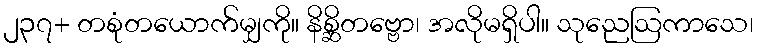
၂၃၇+ တစုံတယောက်မျှကို။ နိစ္ဆိတဗ္ဗော၊ အလိုမရှိပါ။ သုညေဩကာသေ၊